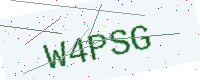
Text: W4PSG